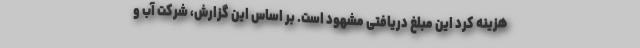
هزینه کرد این مبلغ دریافتی مشهود است. بر اساس این گزارش، شرکت آب و